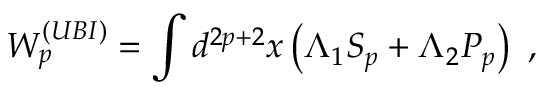
W _ { p } ^ { ( U B I ) } = \int d ^ { 2 p + 2 } x \left( \Lambda _ { 1 } S _ { p } + \Lambda _ { 2 } P _ { p } \right) \ ,